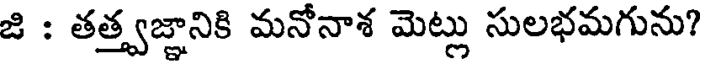
జి : తత్త్వజ్ఞానికి మనోనాశ మెట్లు సులభమగును?